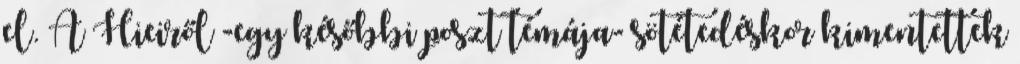
el. A Hieiről -egy későbbi poszt témája- sötétedéskor kimentettek